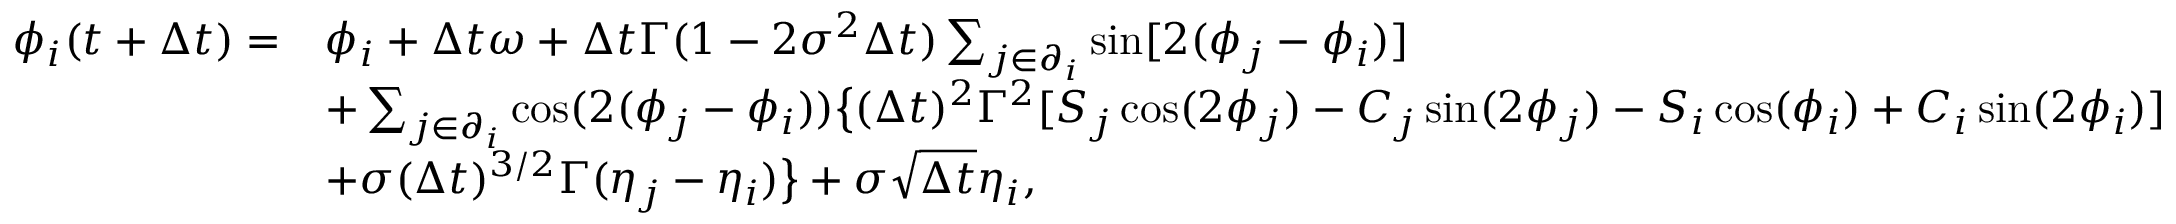
\begin{array} { r l } { \phi _ { i } ( t + \Delta t ) = } & { \phi _ { i } + \Delta t \omega + \Delta t \Gamma ( 1 - 2 \sigma ^ { 2 } \Delta t ) \sum _ { j \in \partial _ { i } } \sin [ 2 ( \phi _ { j } - \phi _ { i } ) ] } \\ & { + \sum _ { j \in \partial _ { i } } \cos ( 2 ( \phi _ { j } - \phi _ { i } ) ) \big \{ ( \Delta t ) ^ { 2 } \Gamma ^ { 2 } [ S _ { j } \cos ( 2 \phi _ { j } ) - C _ { j } \sin ( 2 \phi _ { j } ) - S _ { i } \cos ( \phi _ { i } ) + C _ { i } \sin ( 2 \phi _ { i } ) ] } \\ & { + \sigma ( \Delta t ) ^ { 3 / 2 } \Gamma ( \eta _ { j } - \eta _ { i } ) \big \} + \sigma \sqrt { \Delta t } \eta _ { i } , } \end{array}